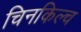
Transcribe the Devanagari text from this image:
चिनकिल्च